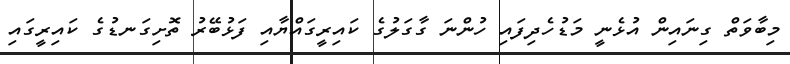
މިބާވަތް ގިނައިން އުޅެނީ މަޑުހެދިފައި ހުންނަ ގާގަލުގެ ކައިރީގައްޔާއި ފަޅުބޭރު ތޮށިގަނޑުގެ ކައިރީގައި